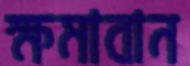
ক্ষমাবান